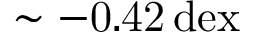
\mathrm { \sim - 0 . 4 2 \, d e x }